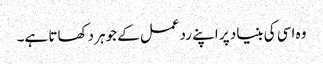
وہ اسی کی بنیاد پر اپنے ردعمل کے جوہر دکھاتا ہے۔